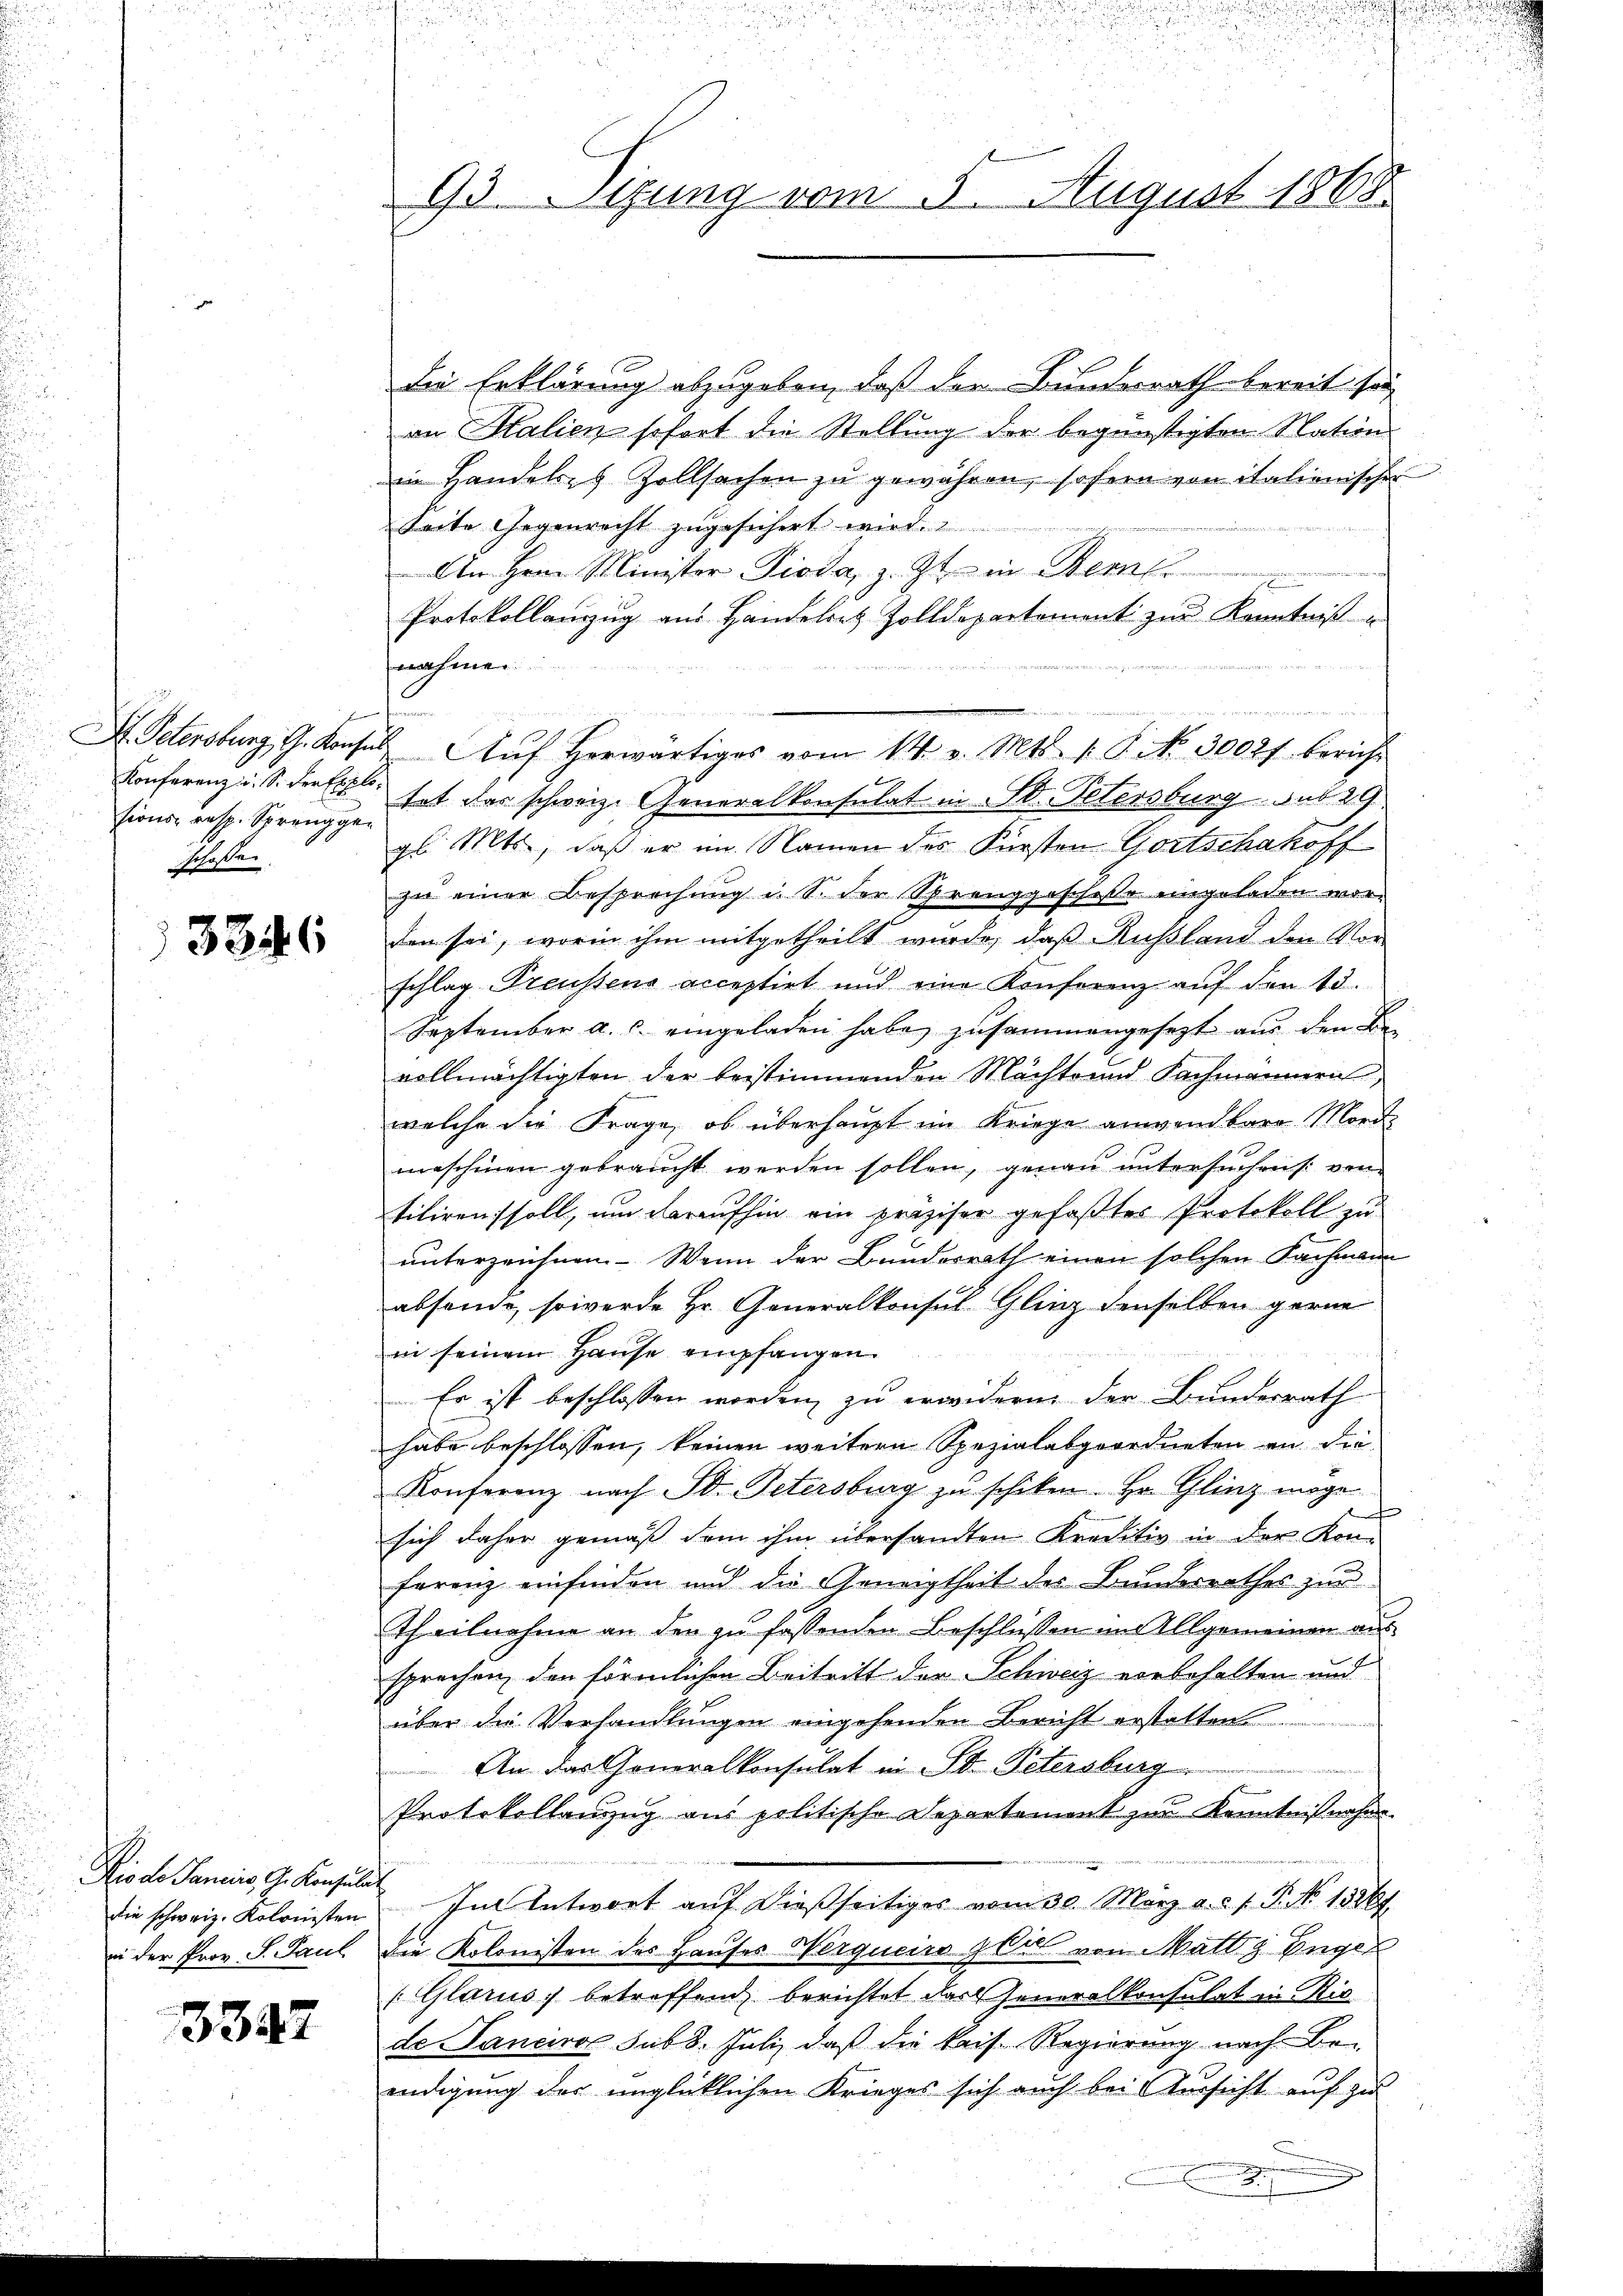
Konferenz u. S. der Explosions resp. Sprenggen
schose.

3346

die Erklärung abzugeben, daß der Bundesrath bereit sei
an Salien sofort die Stellung der begünstigten Nation
in Handelses Zollsachen zu gewähren, sofern von italienischen
Seite Gegenrecht zugesichert wird.
u
An Hrn. Minister Pioda, z. Zt. in Berli
n
Protokollanzug aus Handelrez Zolldepartement zur Kenntniß
nahmen
d
Dr. Petersburg, G. Konsul Aŭf herwärtiges vom 14. v. Mts. 1. P. No. 30027 bericht
tet das schweiz. Generalkonsulat in St. Petersburg sub 29
gl. Mts., daß er im Namen des Fürsten Gortschakoff
zu einer Besprechung i. S. der Sprenggeschose eingeladen worden sei, worin ihm mitgetheilt wurde, daß Rußland den Vorschlag Preussens acceptirt und eine Konferenz auf den 13.
September a. c. eingeladen habe, zusammengesezt aus den Bevollmächtigten der bestimmenden Machte und Fachmännern,
welche die Frage, ob überhaupt im Kriege anwendbare Mord
maschinen gebraucht werden sollen, genau untersuchen (: von
tiliren soll, um daraufhin ein präziser gefaßter Protokoll zu
unterzeichnen. Wenn der Bundesrath einen solchen Fachmann
absende, so werde Hr. Generalkonsul Glanz denselben gerne
in seinem Hause empfangen.
Es ist beschlossen worden, zu erwidern der Bundesrath
habe beschlossen, keinen weitern Spezialabgeordneten an die
Konferenz nach St. Petersburg zu schiken. Hr. Gling möge
e
sich daher gemäß dem ihm übersandten Kreditiv in der Kon-
ferenz einfinden und die Geneigtheit des Bundesrathes zur
theilnahme an den zu fassenden Beschlüssen im Allgemeinen aus
sprechen, den förmlichen Beitritt der Schweiz vorbehalten und
über die Verhandlungen eingehenden Bericht erstatten.
An das Generalkonsulat in St. Petersburg
Protokollanzug aus politische Departement zur Kenntnißnahm
Im Antwort auf dießseitiges vom 30. März a. a. f. P. No 13261.
in der Prov. S. Paul die Kolonisten des Hauses Nerguciso zeit von Matt z Engel
(Glarus, betreffend berichtet das Generalkonsulat in Riede Janeiro sub 8. Juli, daß die kais. Regierung nach Beendigung der unglücklichen Krieges sich auch bei Aussicht auf zu

Rio de Sancis, G. Konsulat
die schweiz. Kolonisten

3347

93. Stung vom 5. August 1868